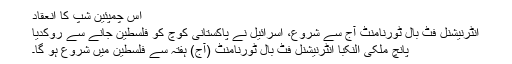
اس چمپئین شپ کا انعقاد
انٹرنیشنل فٹ بال ٹورنامنٹ آج سے شروع، اسرائیل نے پاکستانی کوچ کو فلسطین جانے سے روکدیا
پانچ ملکی النکبا انٹرنیشنل فٹ بال ٹورنامنٹ (آج) ہفتہ سے فلسطین میں شروع ہو گا۔